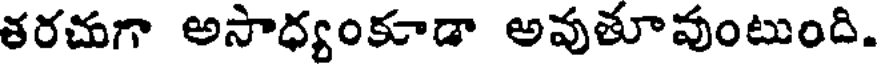
తరచుగా అసాధ్యంకూడా అవుతూవుంటుంది.